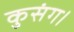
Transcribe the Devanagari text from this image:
कुसंग।